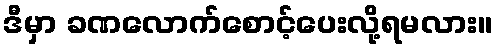
ဒီမှာ ခဏလောက်စောင့်ပေးလို့ရမလား။